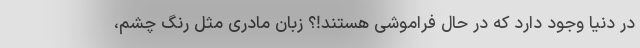
در دنیا وجود دارد که در حال فراموشی هستند!؟ زبان مادری مثل رنگ چشم،